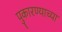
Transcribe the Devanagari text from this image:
पुकारण्याच्या